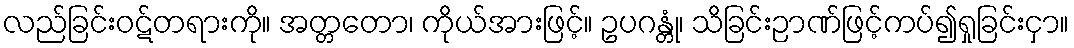
လည်ခြင်းဝဋ်တရားကို။ အတ္တတော၊ ကိုယ်အားဖြင့်။ ဥပဂန္တုံ၊ သိခြင်းဉာဏ်ဖြင့်ကပ်၍ရှုခြင်းငှာ။